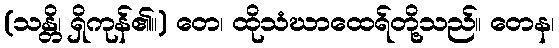
(သန္တိ၊ ရှိကုန်၏။) တေ၊ ထိုသံဃာထေရ်တို့သည်။ တေန၊